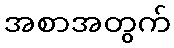
အစာအတွက်